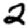
Digit: 2